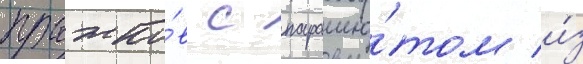
прыжко́в с парашю́том и́з